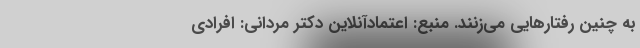
به چنین رفتارهایی می‌زنند. منبع: اعتمادآنلاین دکتر مردانی: افرادی